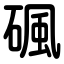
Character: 碸